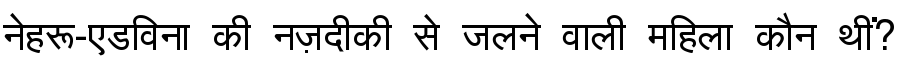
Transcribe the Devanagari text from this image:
नेहरू-एडविना की नज़दीकी से जलने वाली महिला कौन थीं?